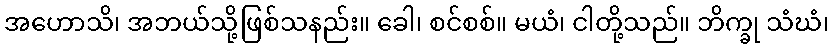
အဟောသိ၊ အဘယ်သို့ဖြစ်သနည်း။ ခေါ၊ စင်စစ်။ မယံ၊ ငါတို့သည်။ ဘိက္ခု သံဃံ၊